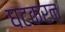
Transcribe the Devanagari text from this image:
घटकरन